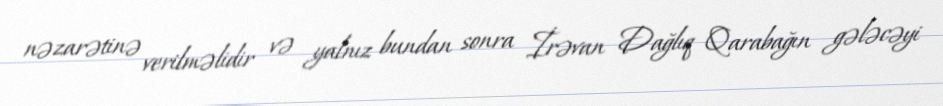
nəzarətinə verilməlidir və yalnız bundan sonra İrəvan Dağlıq Qarabağın gələcəyi